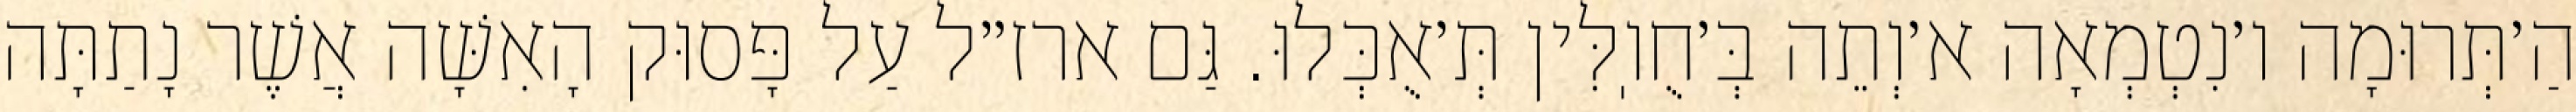
הַ׳תְּרוּמָה ו׳נִטְמְאָה א׳וְתֵה בְּ׳חֻוֽלִּין תְּ׳אֻכְּלוּ. גַּם ארז״ל עַל פָּסוּק הָאִשָּׁה אֲשֶׁר נָתַתָּה